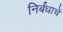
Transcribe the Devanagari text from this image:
निर्बंधाचें